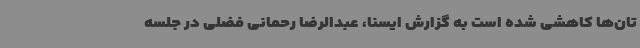
تان‌ها کاهشی شده است به گزارش ایسنا، عبدالرضا رحمانی فضلی در جلسه